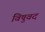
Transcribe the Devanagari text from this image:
विषुवद